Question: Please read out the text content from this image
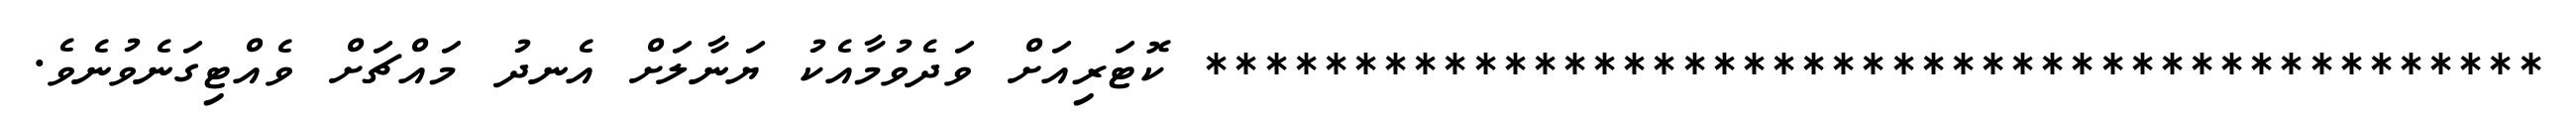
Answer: ********************************************* ކޮޓަރިއަށް ވަދެވުމާއެކު ޔަނާލަށް އެނދު މައްޗަށް ވެއްޓިގަނެވުނެވެ.